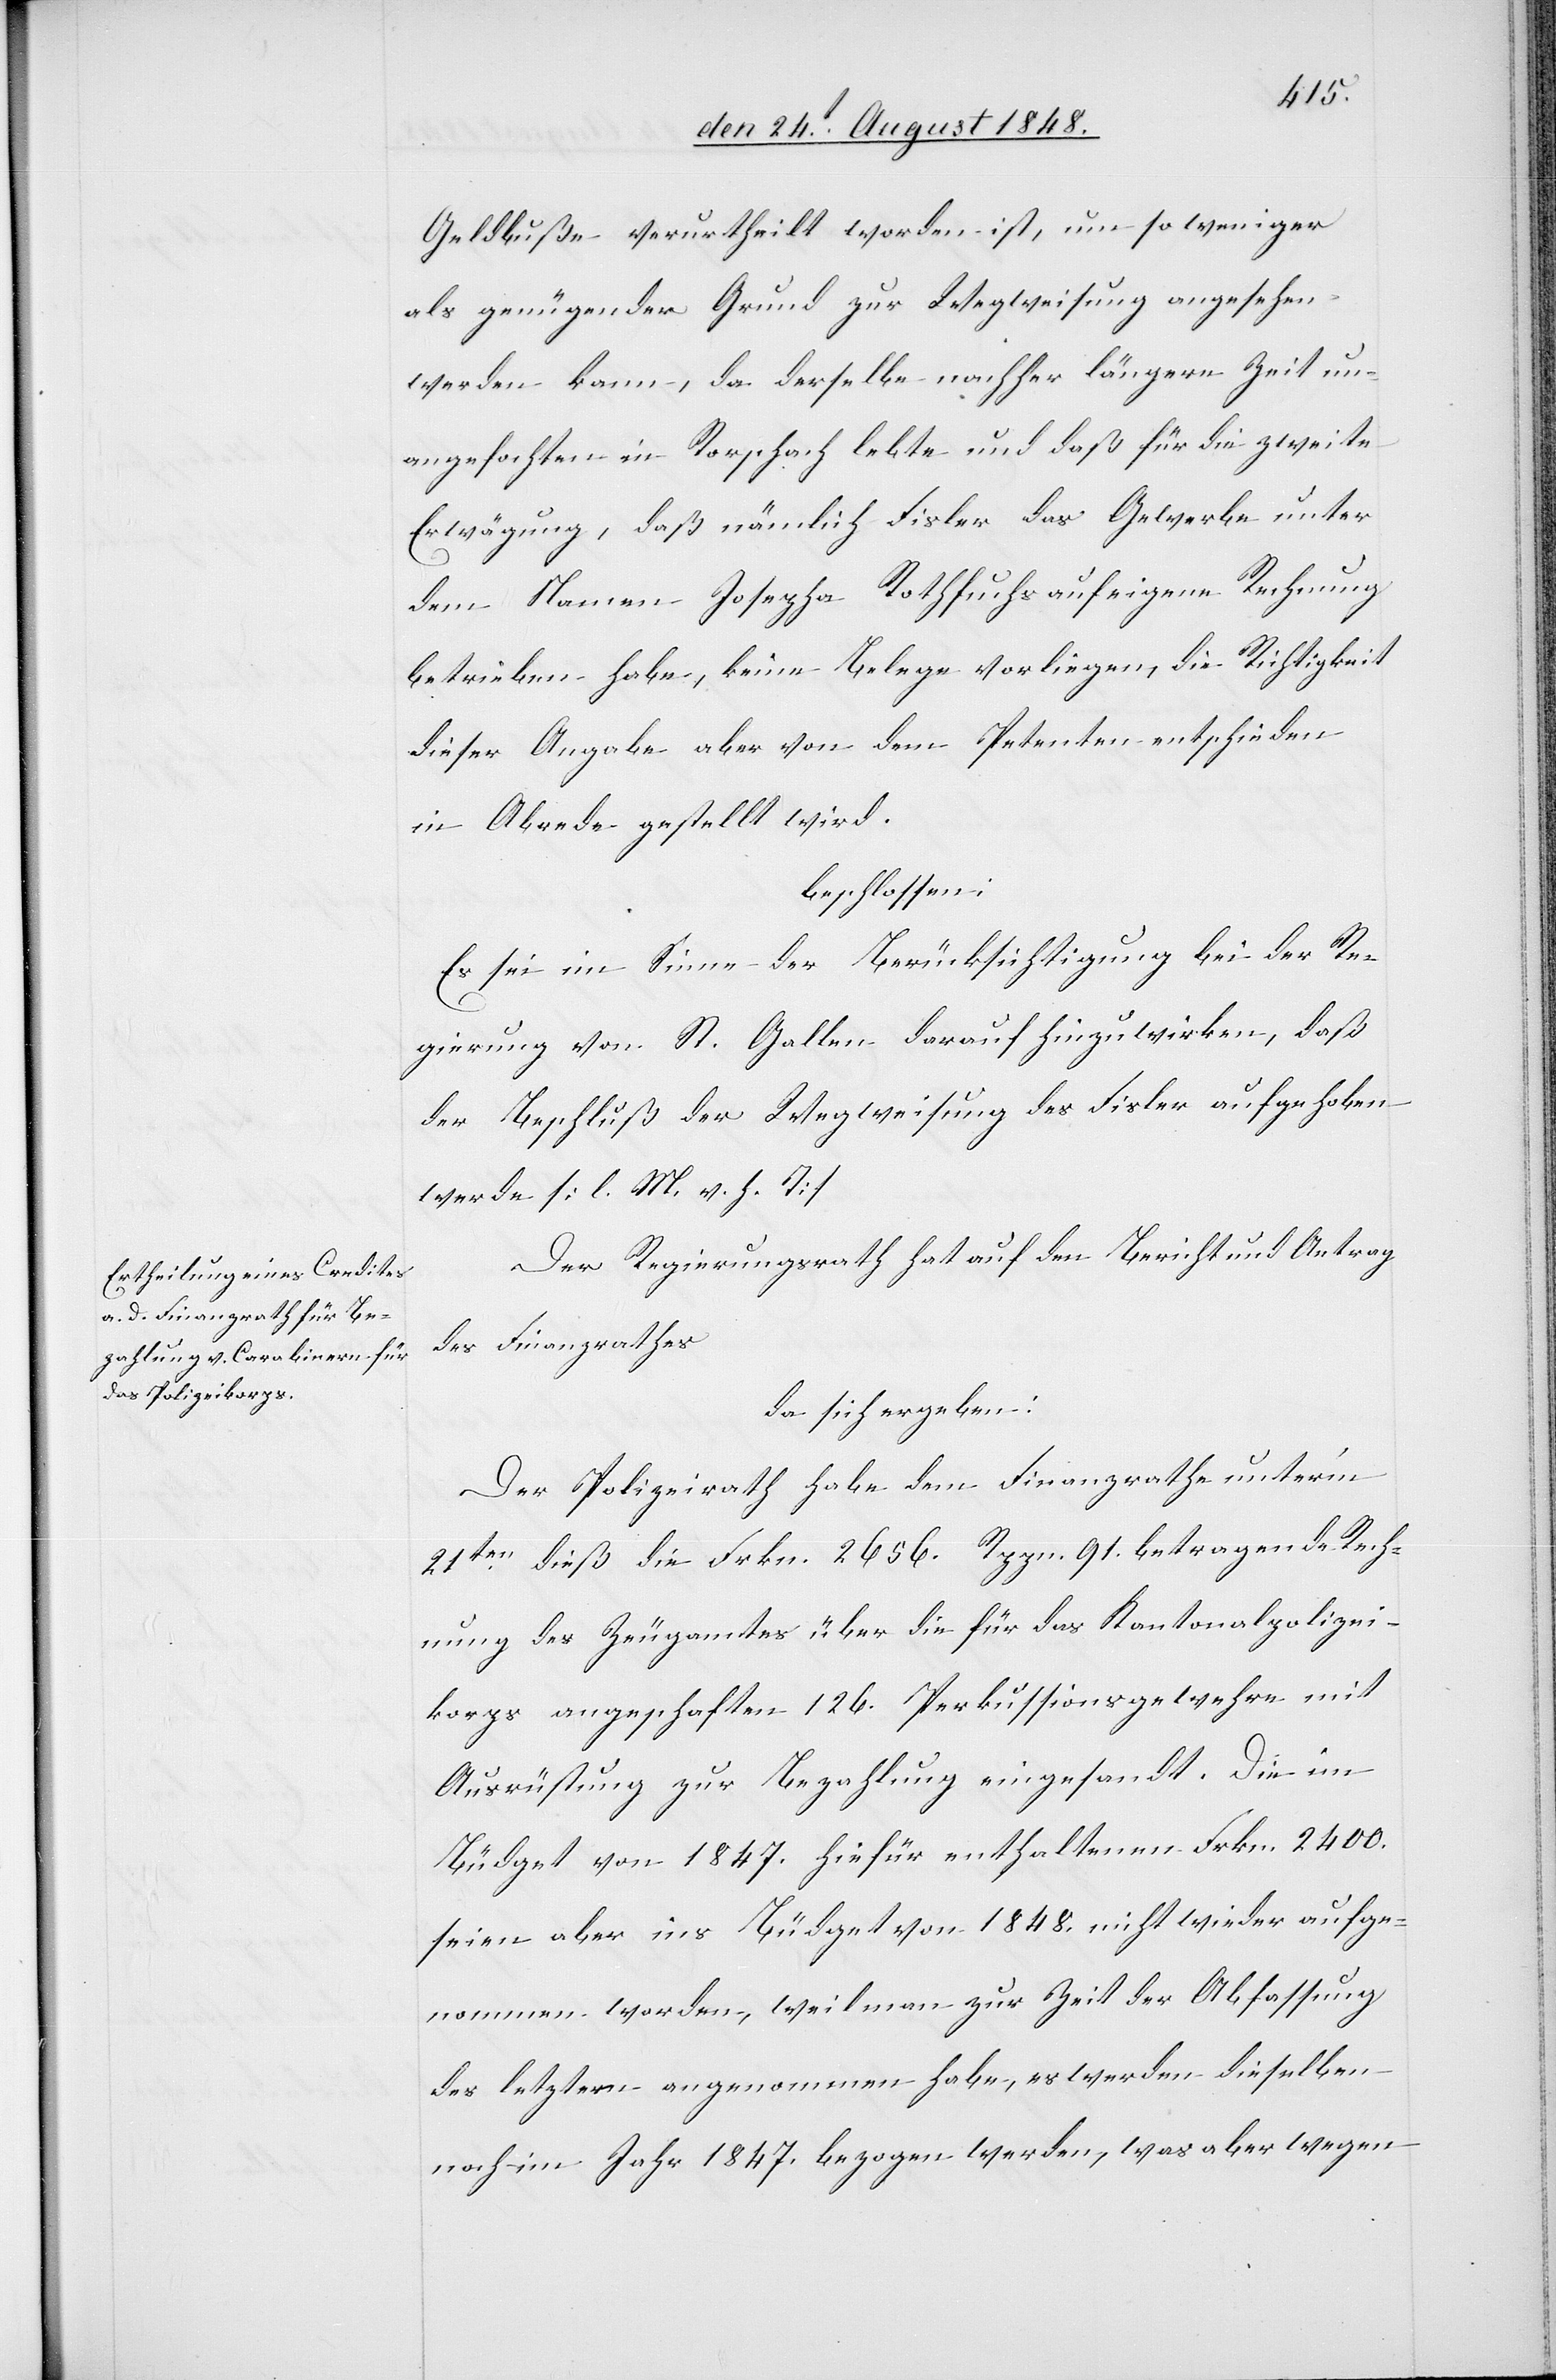
Geldbuße verurtheilt worden ist, um so weniger
als genügender Grund zur Wegweisung angesehen
werden kann, da derselbe nachher längere Zeit un¬
angefochten in Rorschach lebte und daß für die zweite
Erwägung, daß nämlich Fisler das Gewerbe unter
dem Namen Josepha Rothfuchs auf eigene Rechnung
betrieben habe, keine Belege vorliegen, die Richtigkeit
dieser Angabe aber von dem Petenten entschieden
in Abrede gestellt wird.
beschlossen:
Es sei im Sinne der Berücksichtigung bei der Re¬
gierung von St. Gallen darauf hinzuwirken, daß
der Beschluß der Wegweisung des Fisler aufgehoben
werde [l. M. v. h. T].
Der Regierungsrath hat auf den Bericht und Antrag
des Finanzrathes
da sich ergeben:
Der Polizeirath habe dem Finanzrathe unter’m
21ten dieß die Frkn. 2656. Rppn. 91. betragende Rech¬
nung des Zeugamtes über die für das Kantonalpolizei¬
korps angeschaften 126. Perkussionsgewehre mit
Ausrüstung zur Bezahlung eingesandt. Die im
Büdget von 1847. hiefür enthaltenen Frkn. 2400.
seien aber ins Büdget von 1848. nicht wieder aufge¬
nommen worden, weil man zur Zeit der Abfassung
des letztern angenommen habe, es werden dieselben
noch im Jahr 1847. bezogen werden, was aber wegen